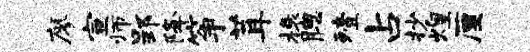
廖宣师郢降筝茸榱腮殪占抄煌厘